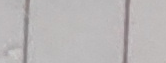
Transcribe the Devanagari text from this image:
दायाँपट्टि